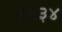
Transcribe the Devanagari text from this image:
६५३४